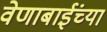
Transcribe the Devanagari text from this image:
वेणाबाईंच्या